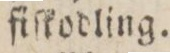
fiſkodling.